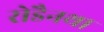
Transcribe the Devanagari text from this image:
रोडैनथा